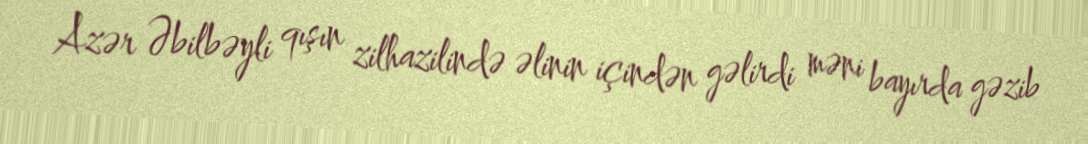
Azər Əbilbəyli qışın zilhazilində əlinin içindən gəlirdi məni bayırda gəzib